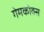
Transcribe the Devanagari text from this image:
गेमकोक्स